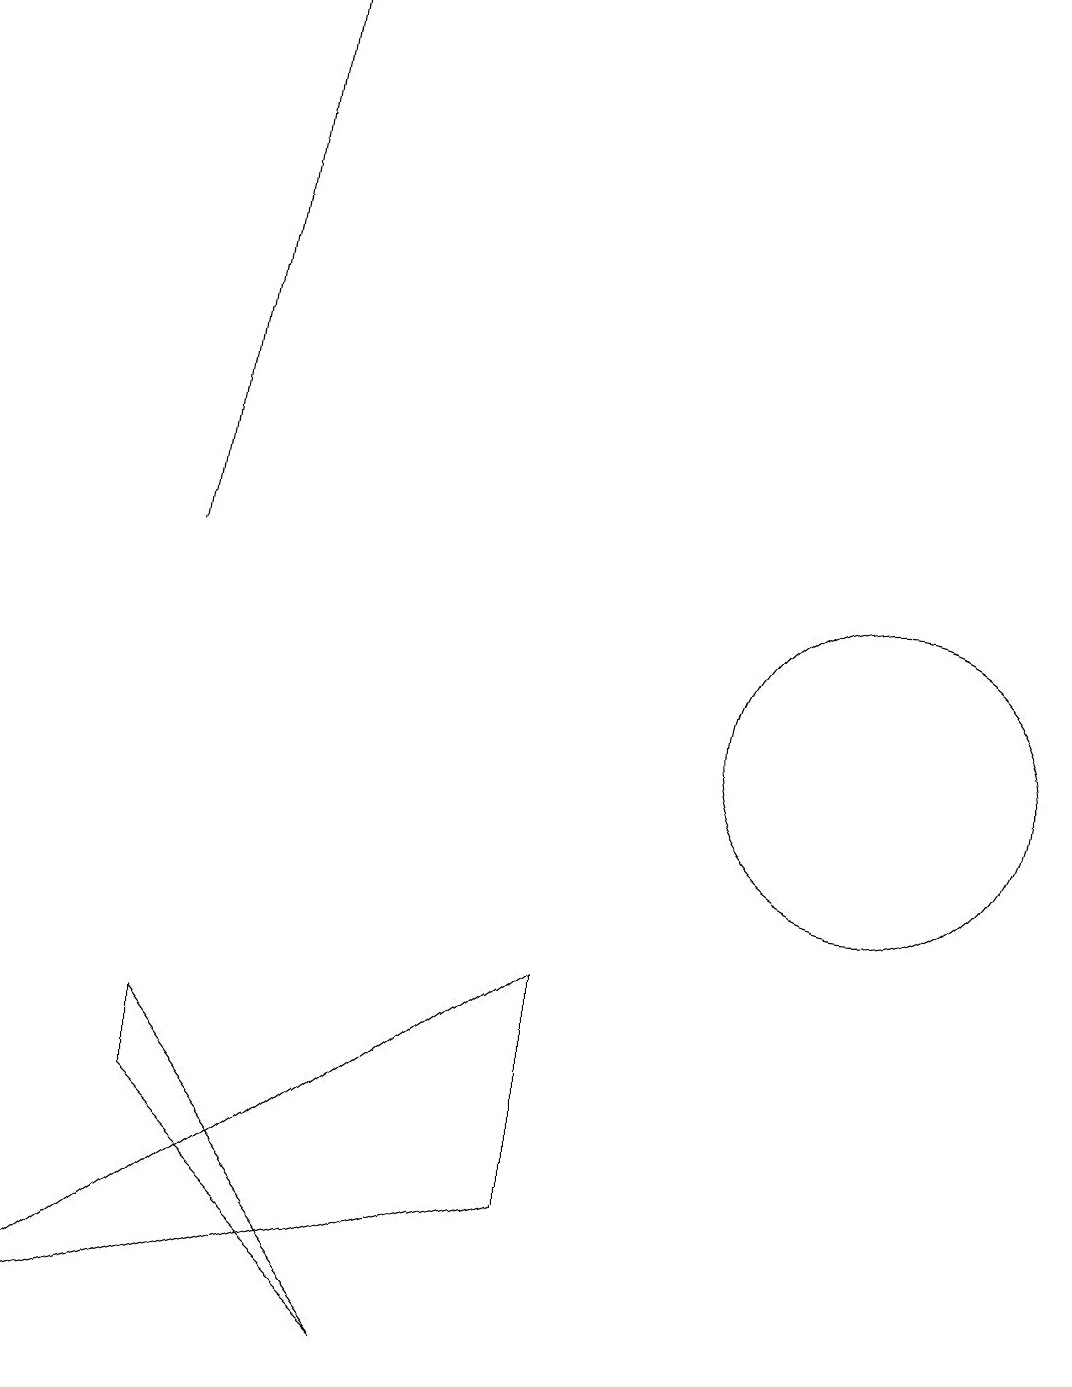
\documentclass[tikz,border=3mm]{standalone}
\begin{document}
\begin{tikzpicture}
\draw (5,2) -- (2,5) -- (2,6) -- cycle;
\draw (11,10) circle (2);
\draw (7,7) -- (0,2) -- (7,4) -- cycle;
\draw[->] (2,12) -- (3,19);
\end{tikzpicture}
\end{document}